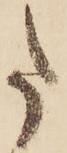
た